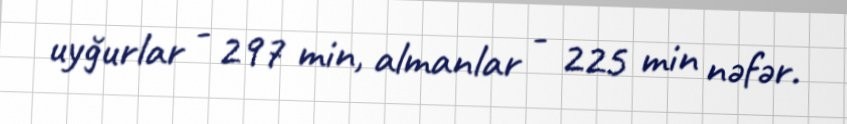
uyğurlar - 297 min, almanlar - 225 min nəfər.